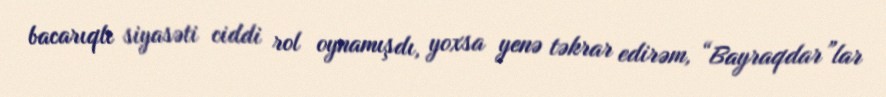
bacarıqlı siyasəti ciddi rol oynamışdı, yoxsa yenə təkrar edirəm, “Bayraqdar”lar